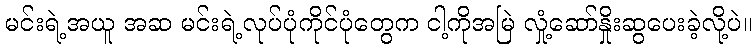
မင်းရဲ့အယူ အဆ မင်းရဲ့လုပ်ပုံကိုင်ပုံတွေက ငါ့ကိုအမြဲ လှုံ့ဆော်နှိုးဆွပေးခဲ့လို့ပဲ။